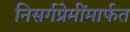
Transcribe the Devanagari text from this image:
निसर्गप्रेमींमार्फत